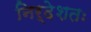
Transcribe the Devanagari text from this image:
निर्देशतः